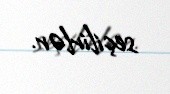
seçilirlər.